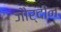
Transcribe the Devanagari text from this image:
जौर्दीन